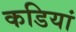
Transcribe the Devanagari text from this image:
कडियां